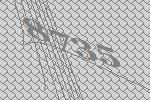
8735